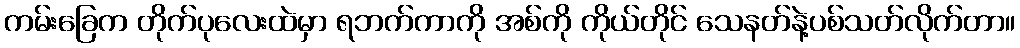
ကမ်းခြေက တိုက်ပုလေးထဲမှာ ရဘက်ကာကို အစ်ကို ကိုယ်တိုင် သေနတ်နဲ့ပစ်သတ်လိုက်တာ။